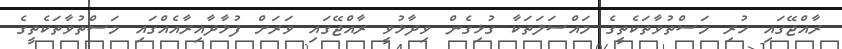
ރާއްޖޭގައި ހުރި މަސްތުވާތަކެތީގެ މައްސަލަތަކާ ގުޅިގެން ވިދާޅުވީ ރާއްޖޭގައި ވަރަށް ފުޅާދާއިރާއެއްގައި މަސްތުވާތަކެތީގެ